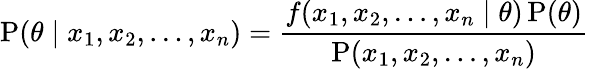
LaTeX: \operatorname{P}(\theta\mid x_{1},x_{2},\ldots,x_{n})={\frac{f(x_{1},x_{2},\ldots,x_{n}\mid\theta)\operatorname{P}(\theta)}{\operatorname{P}(x_{1},x_{2},\ldots,x_{n})}}